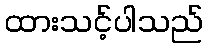
ထားသင့်ပါသည်